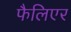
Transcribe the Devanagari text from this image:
फैलिएर